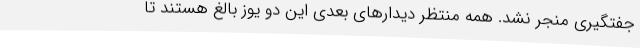
جفتگیری منجر نشد. همه منتظر دیدارهای بعدی این دو یوز بالغ هستند تا